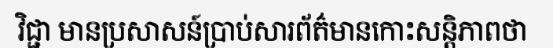
វិជ្ជា មានប្រសាសន៍ប្រាប់សារព័ត៌មានកោះសន្តិភាពថា